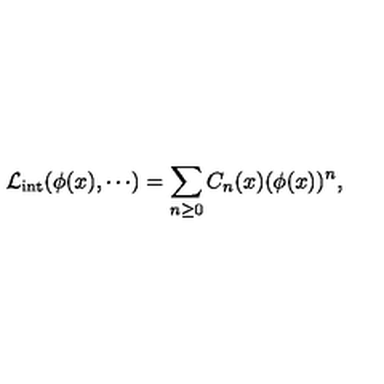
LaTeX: { \cal L } _ { \mathrm { i n t } } ( \phi ( x ) , \cdots ) = \sum _ { n \geq 0 } C _ { n } ( x ) ( \phi ( x ) ) ^ { n } ,